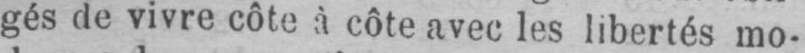
gés de vivre côte à côte avec les libertés mo-